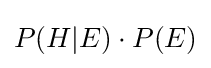
P(H|E)\cdot P(E)